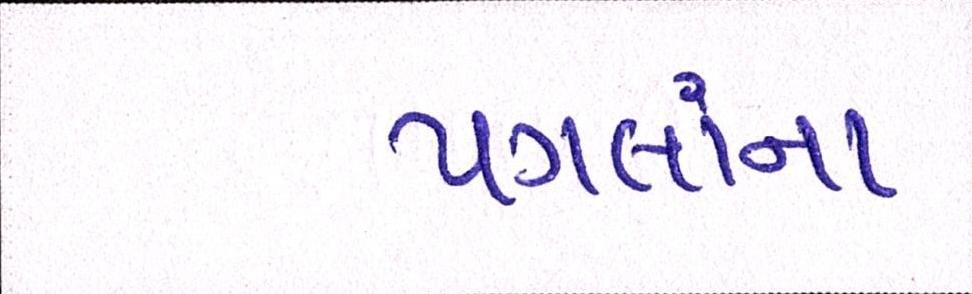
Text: પગલાંના